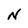
Character: N